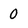
Character: 0